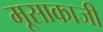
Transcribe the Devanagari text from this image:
मूसाकाजी